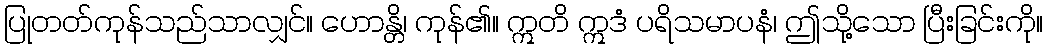
ပြုတတ်ကုန်သည်သာလျှင်။ ဟောန္တိ၊ ကုန်၏။ ဣတိ ဣဒံ ပရိသမာပနံ၊ ဤသို့သော ပြီးခြင်းကို။